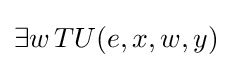
\exists w\,TU(e,x,w,y)